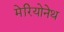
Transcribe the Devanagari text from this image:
मेरियोनेथ